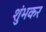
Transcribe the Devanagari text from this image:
शुंभकर